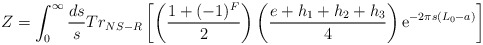
\begin{align*}Z = \int_{0}^{\infty} \frac{ds}{s} Tr_{NS-R} \left[\left(\frac{1 + (-1)^F}{2} \right) \left( \frac{e + h_1 +h_2 + h_3}{4}\right) {\rm e}^{-2 \pi s (L_0 -a)} \right]\end{align*}